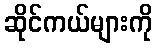
ဆိုင်ကယ်များကို